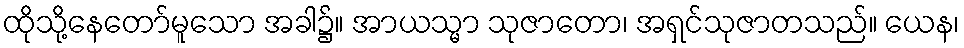
ထိုသို့နေတော်မူသော အခါ၌။ အာယသ္မာ သုဇာတော၊ အရှင်သုဇာတသည်။ ယေန၊